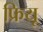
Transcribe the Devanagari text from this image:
फ्रियू